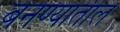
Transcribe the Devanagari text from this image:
बनण्यातील